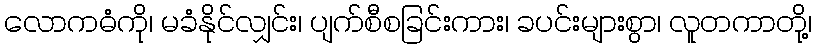
လောကဓံကို၊ မခံနိုင်လျှင်း၊ ပျက်စီစခြင်းကား၊ ခပင်းများစွာ၊ လူတကာတို့၊